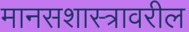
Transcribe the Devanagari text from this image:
मानसशास्‍त्रावरील